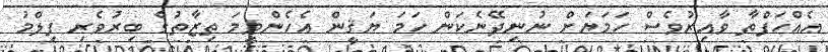
އެއްހަފްތާ ވާއިރުވެސް ހަމަޔަށް ނުނިދޭނެކަން ހަމަ ޔަޤީން އެހެންވީމަ ތިޒާތުގެ ބިރުވެރި ފިލްމު